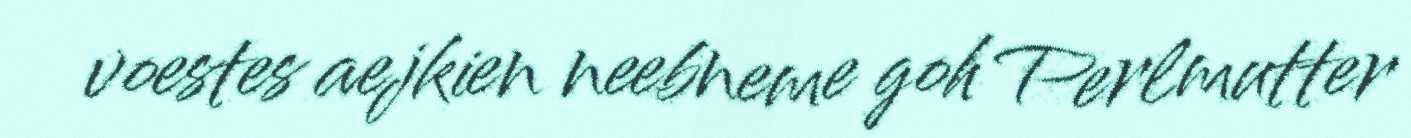
voestes aejkien neebneme goh Perlmutter